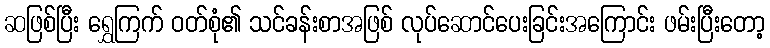
ဆဖြစ်ပြီး ရွှေကြက် ဝတ်စုံ၏ သင်ခန်းစာအဖြစ် လုပ်ဆောင်ပေးခြင်းအကြောင်း ဖမ်းပြီးတော့